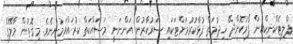
ޕްލިޓެކްނިކްއިން ފޯރުކޮށްދޭ ޚިދުމަތް ފުޅާކުރުމަށްޓަކައި ސަރުކާރުން އަންނަނީ މަސައްކަތް ކުރައްވަމުންނެވެ. މިގޮތުން މާލޭގެ